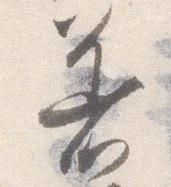
着